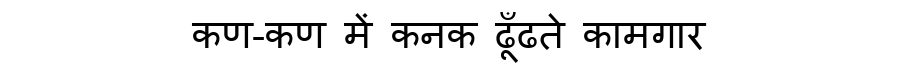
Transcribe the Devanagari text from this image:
कण-कण में कनक ढूँढते कामगार